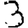
Digit: 3